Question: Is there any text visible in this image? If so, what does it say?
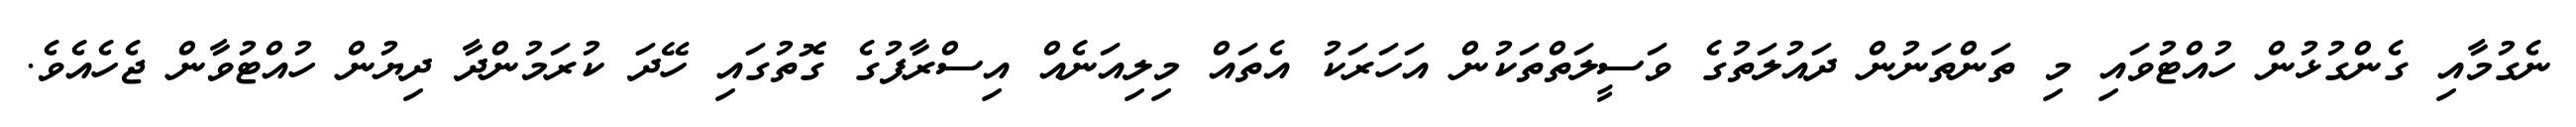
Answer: ނެގުމާއި ގެންގުޅުން ހުއްޓުވައި މި ތަންތަނުން ދައުލަތުގެ ވަސީލަތްތަކުން އަހަރަކު އެތައް މިލިއަނެއް އިސްރާފުގެ ގޮތުގައި ހޭދަ ކުރަމުންދާ ދިޔުން ހުއްޓުވާން ޖެހެއެވެ.